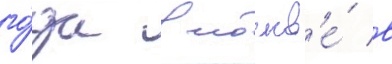
го́да в москв'е́ в